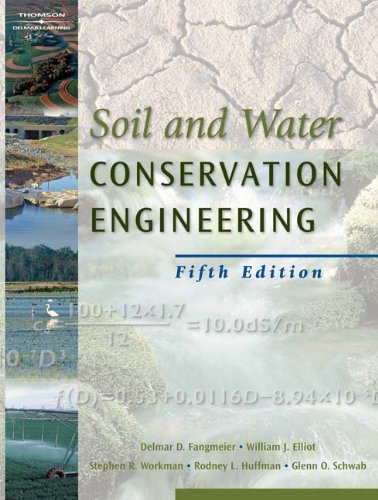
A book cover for Soil and Water Conservation Engineering; Delmar D. Fangmeier; Science & Math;